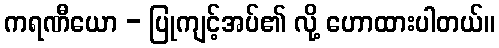
ကရဏီယော - ပြုကျင့်အပ်၏ လို့ ဟောထားပါတယ်။